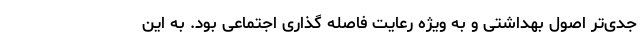
جدی‌تر اصول بهداشتی و به ویژه رعایت فاصله گذاری اجتماعی بود. به این